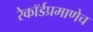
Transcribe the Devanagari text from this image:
रेकॉर्डप्रमाणेच